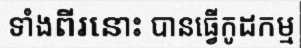
ទាំងពីរនោះ បានធ្វើកូដកម្ម